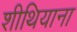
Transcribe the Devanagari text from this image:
शीथियाना